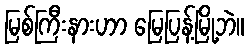
မြစ်ကြီးနားဟာ မြေပြန့်မြို့ဘဲ။